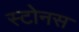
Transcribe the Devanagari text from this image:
स्टोनस